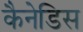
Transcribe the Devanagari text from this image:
कैनेडिस